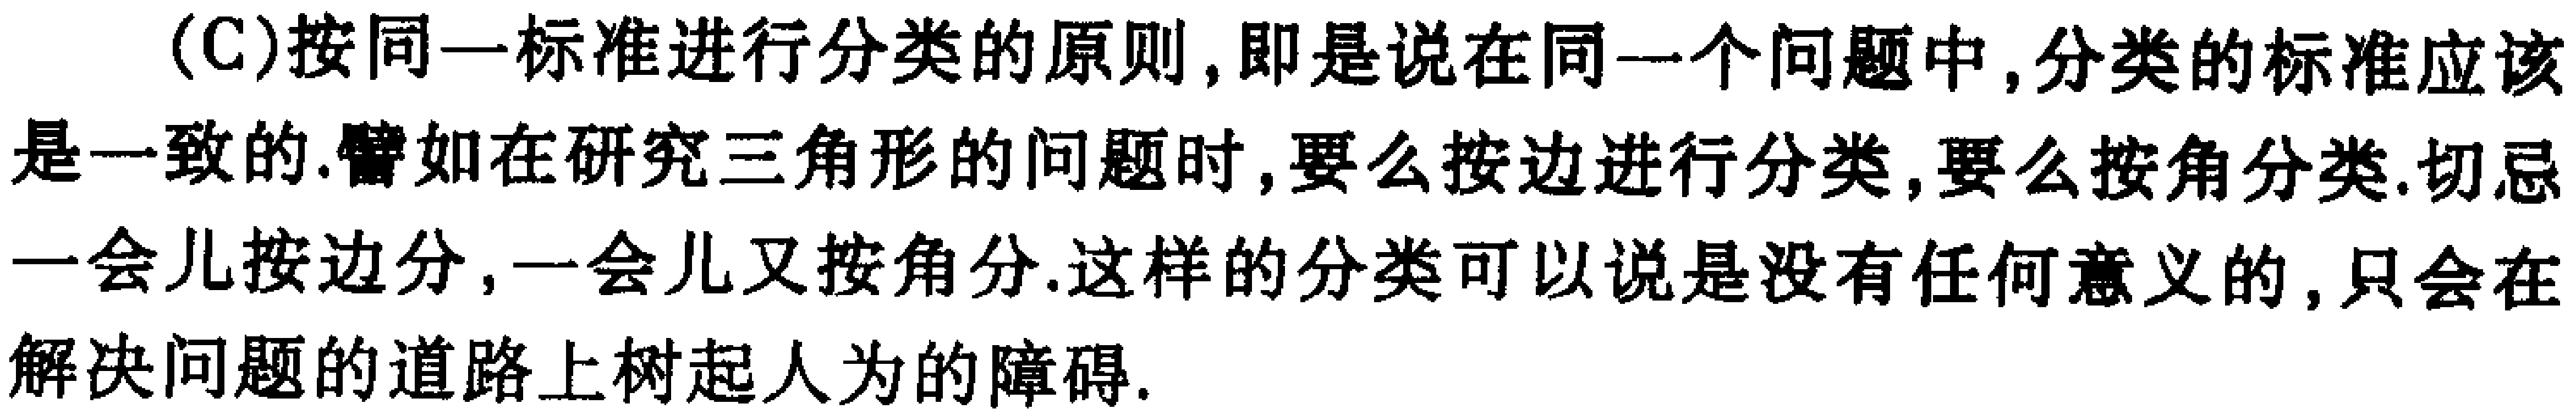
(C)按同一标准进行分类的原则,即是说在同一个问题中,分类的标准应该是一致的.譬如在研究三角形的问题时,要么按边进行分类,要么按角分类.切忌一会儿按边分,一会儿又按角分.这样的分类可以说是没有任何意义的,只会在解决问题的道路上树起人为的障碍.